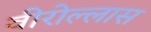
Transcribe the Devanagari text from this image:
वीरोल्लास